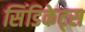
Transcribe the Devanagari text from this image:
सिंडिकेट्स